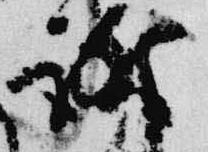
訴